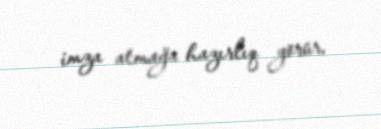
imza atmağa hazırlıq görür.